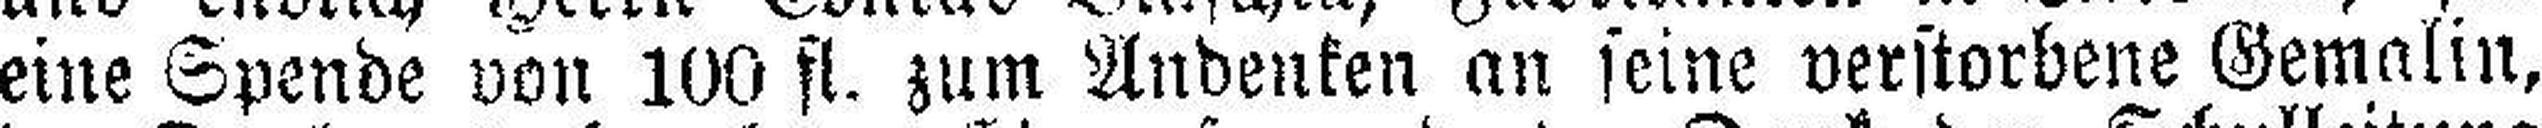
eine Spende von 100 fl. zum Andenken an seine verstorbene Gemalin,